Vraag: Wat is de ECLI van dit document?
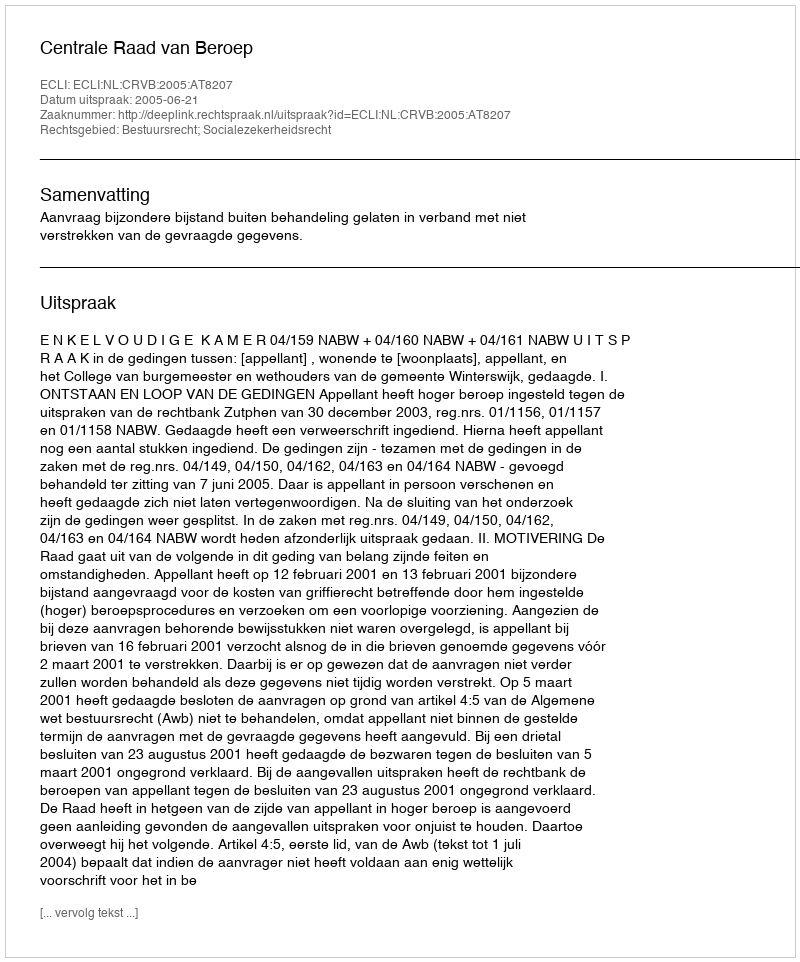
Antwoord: ECLI:NL:CRVB:2005:AT8207